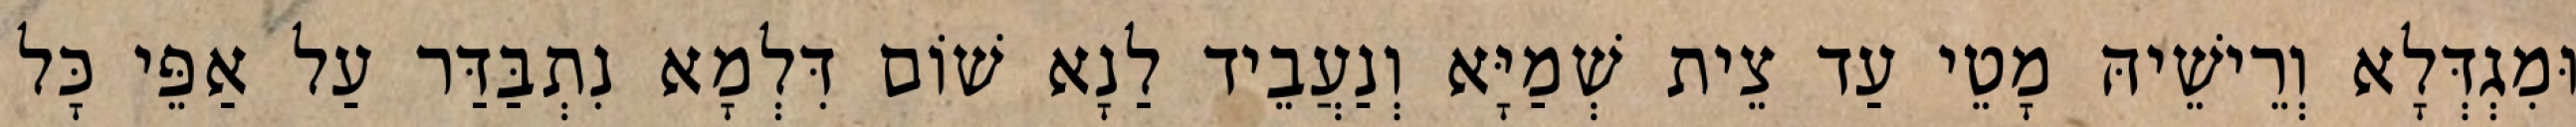
וּמִגְדְּלָא וְרֵישֵׁיהּ מָטֵי עַד צֵית שְׁמַיָּא וְנַעֲבֵיד לַנָא שׁוֹם דִּלְמָא נִתְבַּדַּר עַל אַפֵּי כָּל